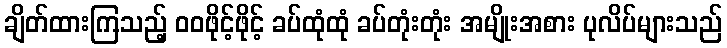
ချိတ်ထားကြသည့် ဝဝဖိုင့်ဖိုင့် ခပ်ထုံထုံ ခပ်တုံးတုံး အမျိုးအစား ပုလိပ်များသည်